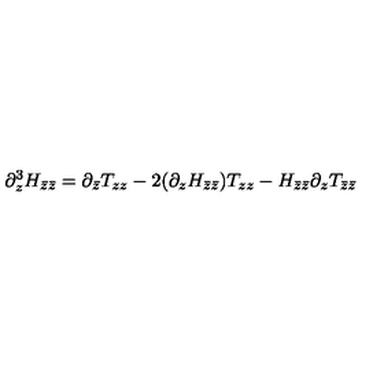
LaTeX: \partial _ { z } ^ { 3 } H _ { \bar { z } \bar { z } } = \partial _ { \bar { z } } T _ { z z } - 2 ( \partial _ { z } H _ { \bar { z } \bar { z } } ) T _ { z z } - H _ { \bar { z } \bar { z } } \partial _ { z } T _ { \bar { z } \bar { z } }